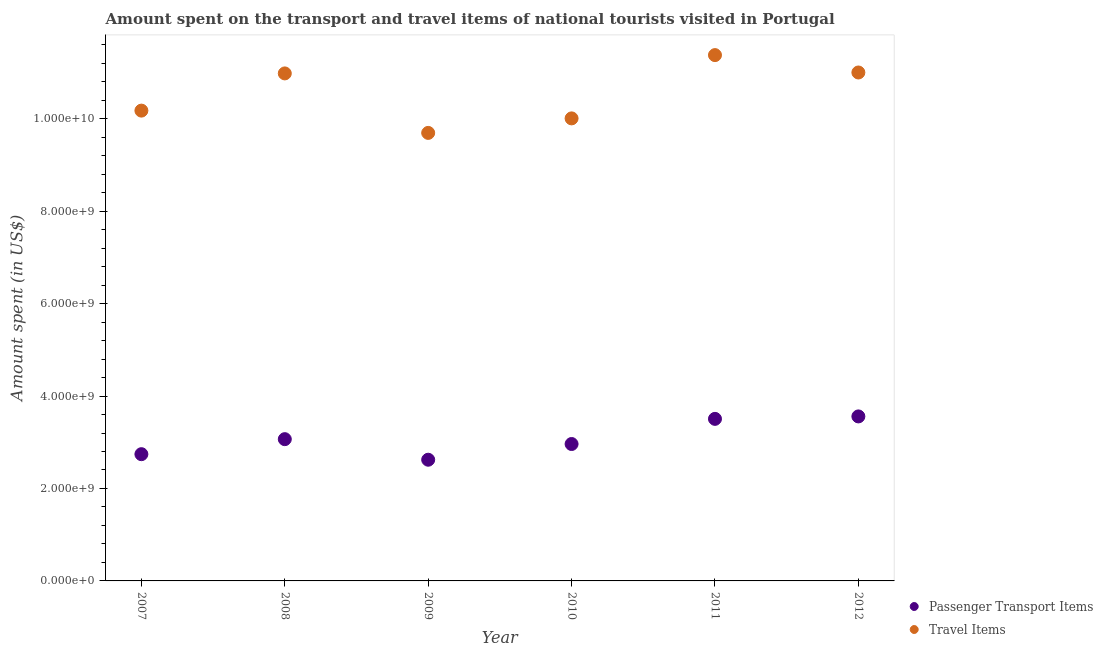
| Year | Passenger Transport Items | Travel Items |
 | --- | --- | --- |
 | 2007 | 2.74e+09 | 1.02e+10 |
 | 2008 | 3.07e+09 | 1.1e+10 |
 | 2009 | 2.62e+09 | 9.69e+09 |
 | 2010 | 2.96e+09 | 1e+10 |
 | 2011 | 3.51e+09 | 1.14e+10 |
 | 2012 | 3.56e+09 | 1.1e+10 |